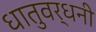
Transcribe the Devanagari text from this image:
धातुवर्धनी